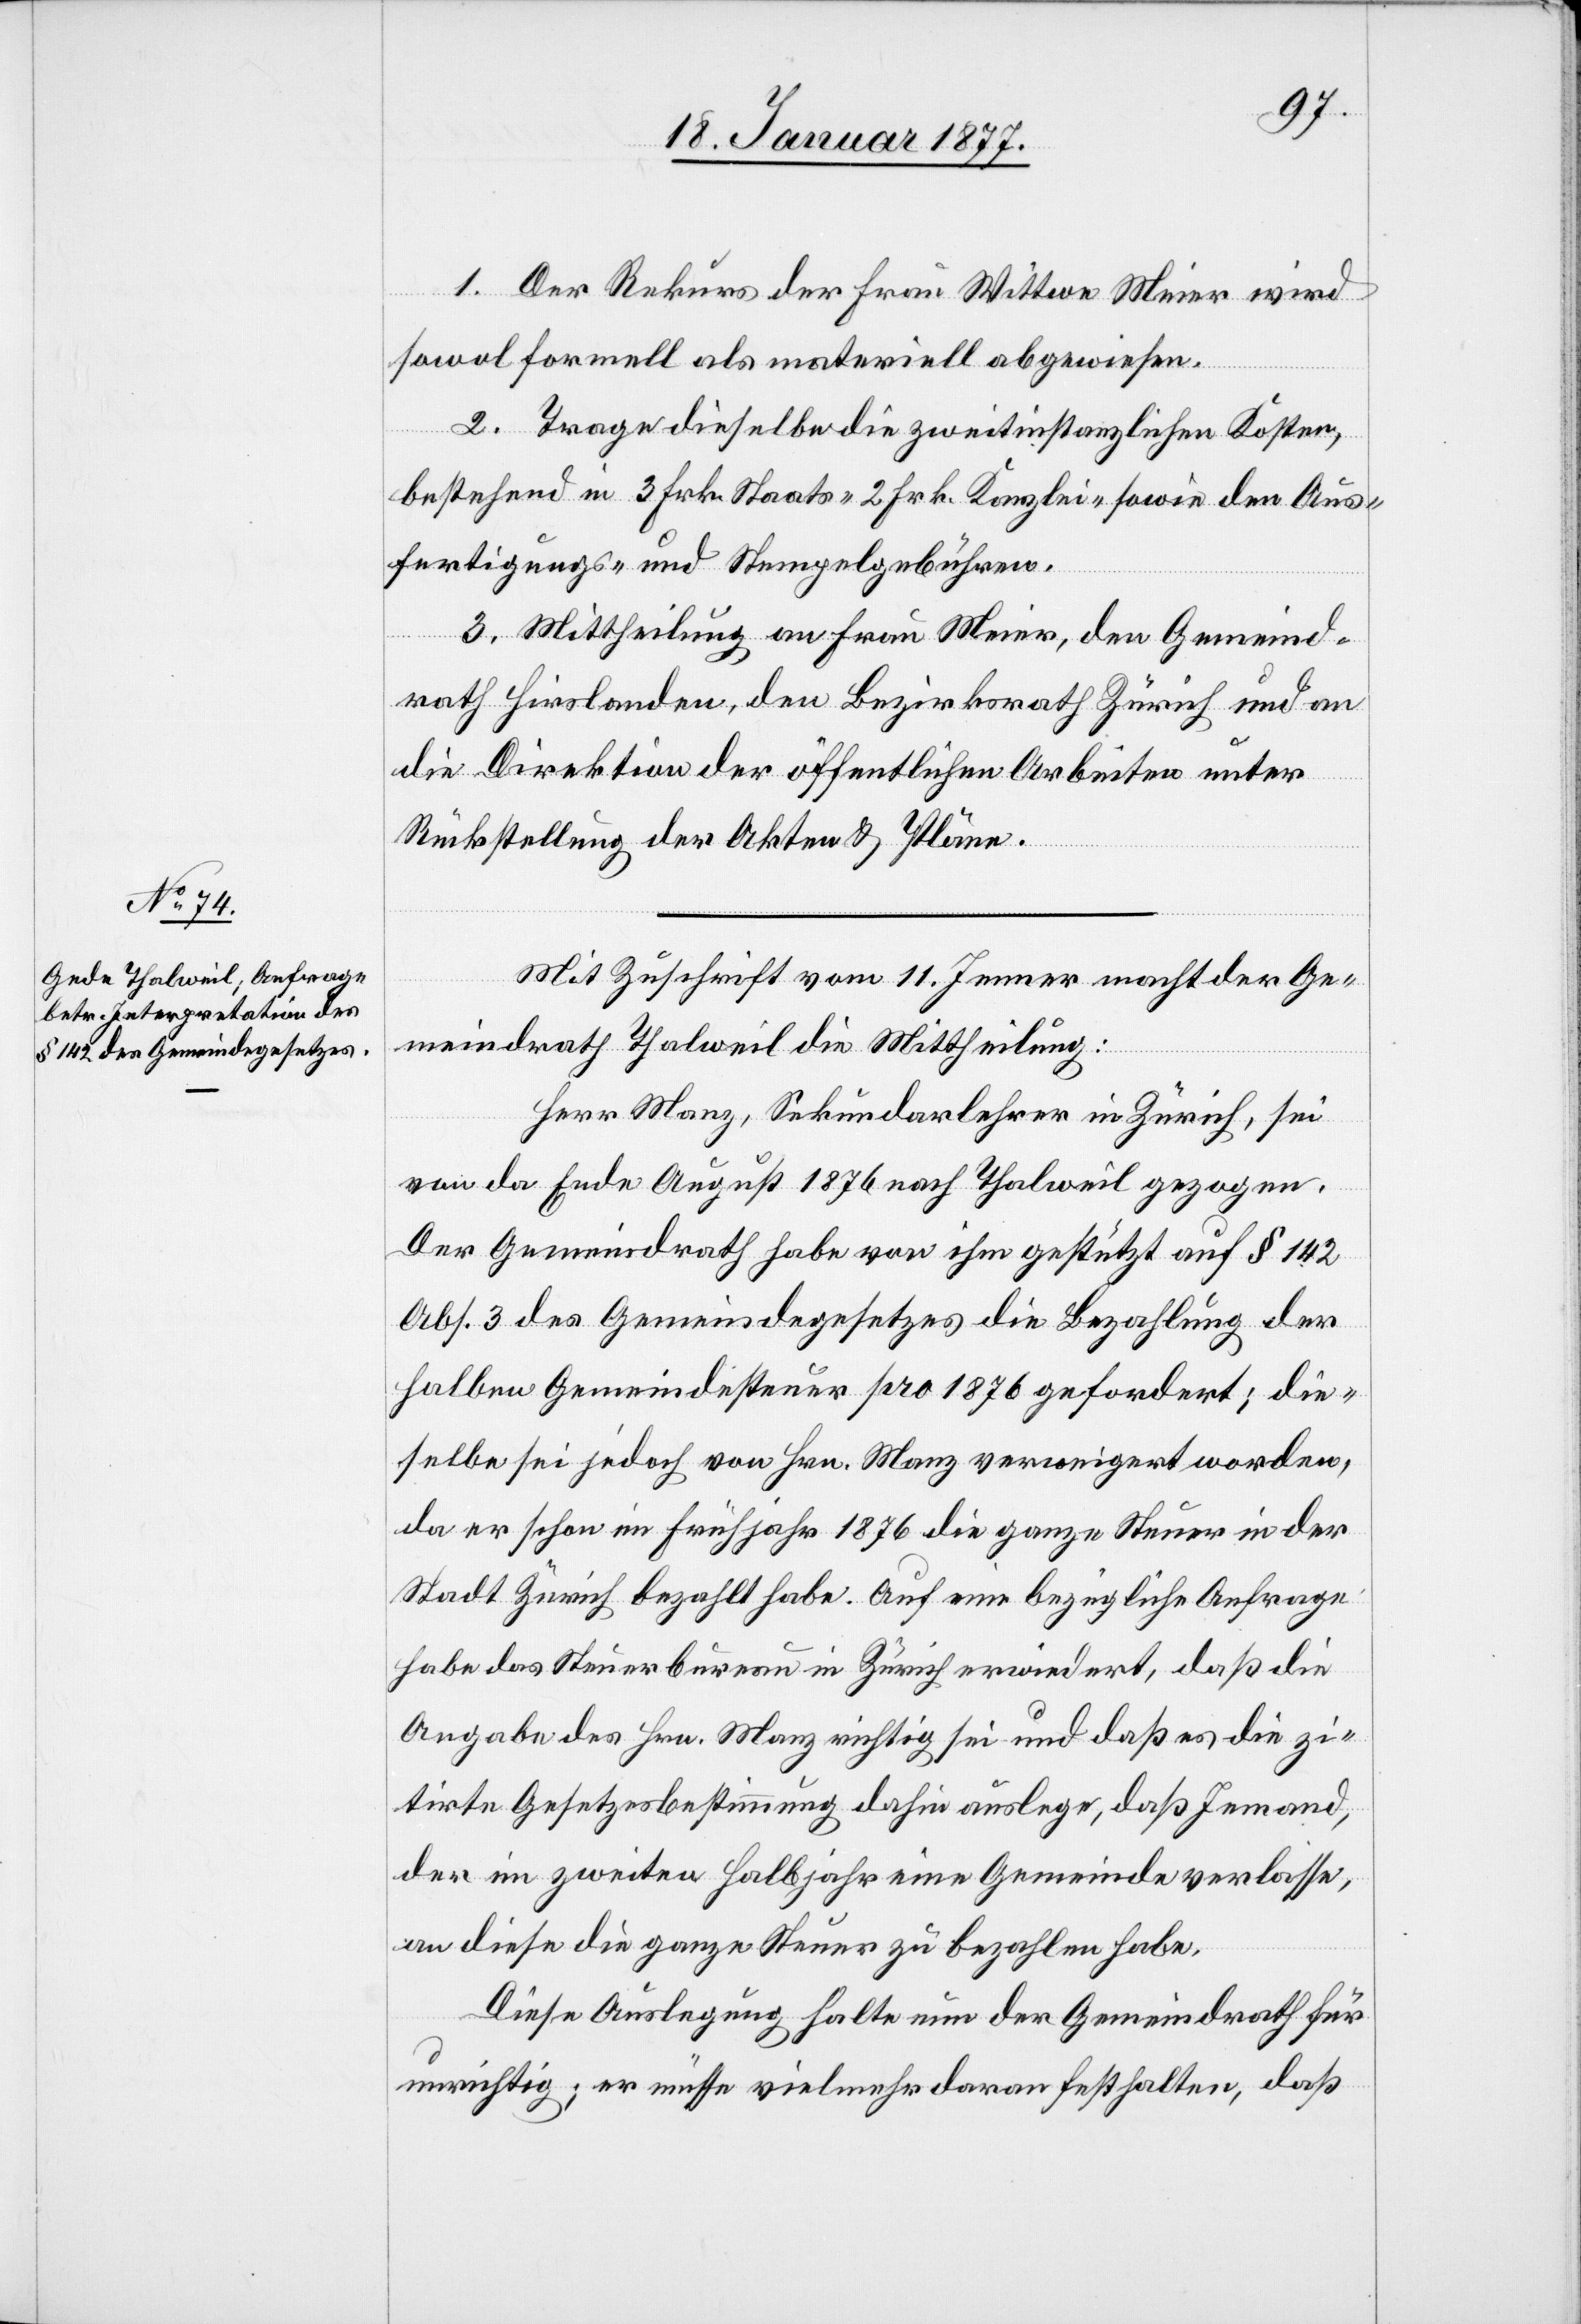
1. Der Rekurs der Frau Wittwe Meier wird
sowohl formell als materiell abgewiesen.
2. Trage dieselbe die zweitinstanzlichen Kosten,
bestehend in 3 Frk. Staats-[,] 2 Frk. Kanzlei- sowie den Aus¬
fertigungs- und Stempelgebühren.
3. Mittheilung an Frau Meier, den Gemeind¬
rath Hirslanden, den Bezirksrath Zürich und an
die Direktion der öffentlichen Arbeiten unter
Rückstellung der Akten.
Mit Zuschrift vom 11. Jenner macht der Ge¬
meindrath Thalweil die Mittheilung:
Herr Manz, Sekundarlehrer in Zürich, sei
von da Ende August 1876 nach Thalweil gezogen.
Der Gemeindrath habe von ihm gestützt auf § 142
Abs. 3 des Gemeindegesetzes die Bezahlung der
halben Gemeindesteuer pro 1876 gefordert; die¬
selbe sei jedoch von Hrn. Manz verweigert worden,
da er schon im Frühjahr 1876 die ganze Steuer in der
Stadt Zürich bezahlt habe. Auf eine bezügliche Anfrage
habe das Steuerbureau in Zürich erwiedert, daß die
Angabe des Hrn. Manz richtig sei und daß es die zi¬
tirte Gesetzesbestimmung dahin auslege, daß Jemand,
der im zweiten Halbjahr eine Gemeinde verlasse,
an diese die ganze Steuer zu bezahlen habe.
Diese Auslegung halte nun der Gemeindrath für
unrichtig; er müsse vielmehr daran festhalten, daß